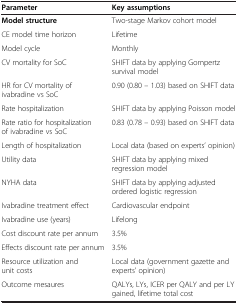
<table><thead><tr><td><b>Parameter</b></td><td><b>Key assumptions</b></td></tr></thead><tbody><tr><td><b>Model structure</b></td><td>Two-stage Markov cohort model</td></tr><tr><td>CE model time horizon</td><td>Lifetime</td></tr><tr><td>Model cycle</td><td>Monthly</td></tr><tr><td>CV mortality for SoC</td><td>SHIFT data by applying Gompertz survival model</td></tr><tr><td>HR for CV mortality of ivabradine vs SoC</td><td>0.90 (0.80 – 1.03) based on SHIFT data</td></tr><tr><td>Rate hospitalization</td><td>SHIFT data by applying Poisson model</td></tr><tr><td>Rate ratio for hospitalization of ivabradine vs SoC</td><td>0.83 (0.78 – 0.93) based on SHIFT data</td></tr><tr><td>Length of hospitalization</td><td>Local data (based on experts’ opinion)</td></tr><tr><td>Utility data</td><td>SHIFT data by applying mixed regression model</td></tr><tr><td>NYHA data</td><td>SHIFT data by applying adjusted ordered logistic regression</td></tr><tr><td>Ivabradine treatment effect</td><td>Cardiovascular endpoint</td></tr><tr><td>Ivabradine use (years)</td><td>Lifelong</td></tr><tr><td>Cost discount rate per annum</td><td>3.5%</td></tr><tr><td>Effects discount rate per annum</td><td>3.5%</td></tr><tr><td>Resource utilization and unit costs</td><td>Local data (government gazette and experts’ opinion)</td></tr><tr><td>Outcome mesaures</td><td>QALYs, LYs, ICER per QALY and per LY gained, lifetime total cost</td></tr></tbody></table>